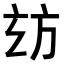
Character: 𭤪